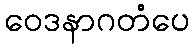
ဝေဒနာဂတံပေ